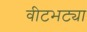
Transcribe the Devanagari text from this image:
वीटभट्या